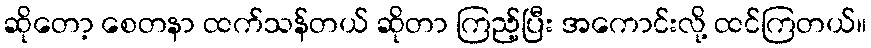
ဆိုတော့ စေတနာ ထက်သန်တယ် ဆိုတာ ကြည့်ပြီး အကောင်းလို့ ထင်ကြတယ်။